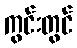
ကွင်းတွင်